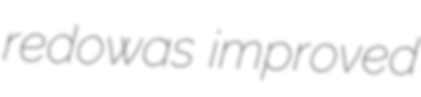
redowas improved